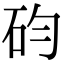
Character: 𥐩